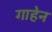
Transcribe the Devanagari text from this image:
गाहेन